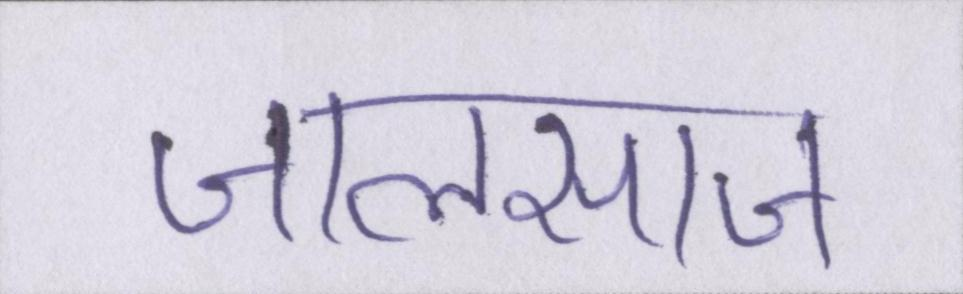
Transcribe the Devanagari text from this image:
जालसाज